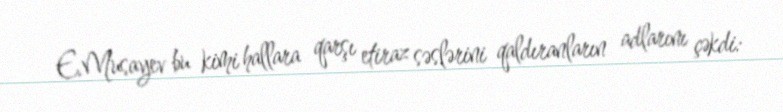
E.Musayev bu kimi hallara qarşı etiraz səslərini qaldıranların adlarını çəkdi: